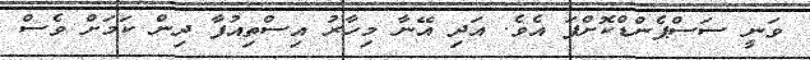
ވަނީ ސަސްޕެންޑްކޮށްފަ އެވެ. އަދި އޭނާ މިހާރު އިސްތިއުފާ ދިން ކަމަށް ވެސް